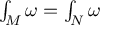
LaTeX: \textstyle { \int _ { M } \omega = \int _ { N } \omega }